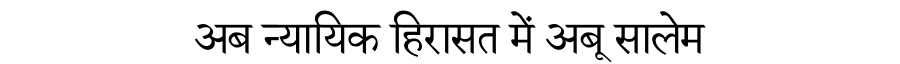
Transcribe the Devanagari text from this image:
अब न्यायिक हिरासत में अबू सालेम